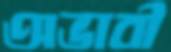
অভাবী